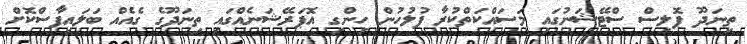
ތިނަދޫ ޕޮލިސް ސްޓޭޝަނުގައި މަސައްކަތްކުރާ ފުލުހުން ހިންގި އޮޕަރޭޝަނެއްގައި ތިނަދޫގެ ގެއެއް ބަލައިފާސްކޮށް